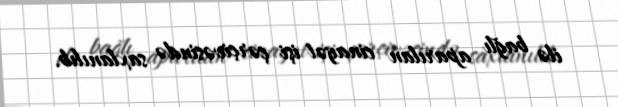
ilə bağlı aparılan cinayət işi çərçivəsində saxlanılıb.